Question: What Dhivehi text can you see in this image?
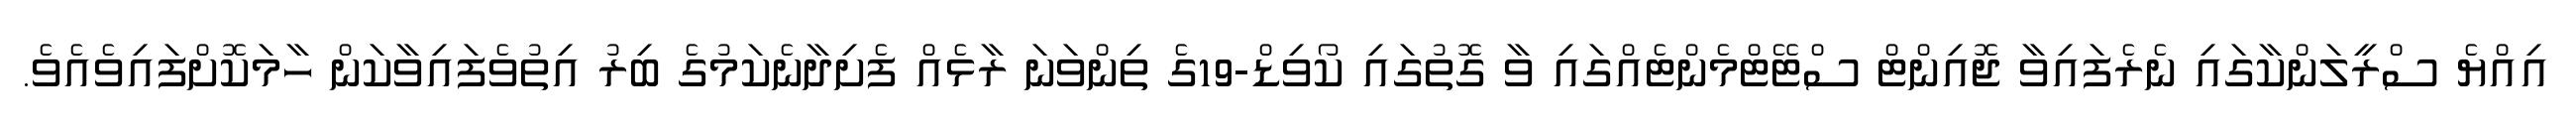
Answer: އިއްޔެ ސްރީލަންކާގައި ނެރެފައިވާ ޖޮއިންޓް ސްޓޭޓްމެންޓެއްގައި ވާ ގޮތުގައި ކޯވިޑް-19ގެ ތިންވަނަ ރާޅެއް ފެށިދާނެކަމުގެ ބިރު އިތުވެފައިވާކަން ހާމަކޮށްފައިވެއެވެ.